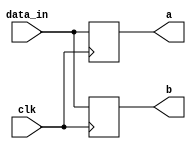
module four_pr (data_in, clk, a, b);
  input [3:0] data_in;
  input clk;

  output [3:0] a, b;
  reg [3:0] a, b;

  always @(posedge clk) begin
    a = data_in;
    b = a;
  end
endmodule